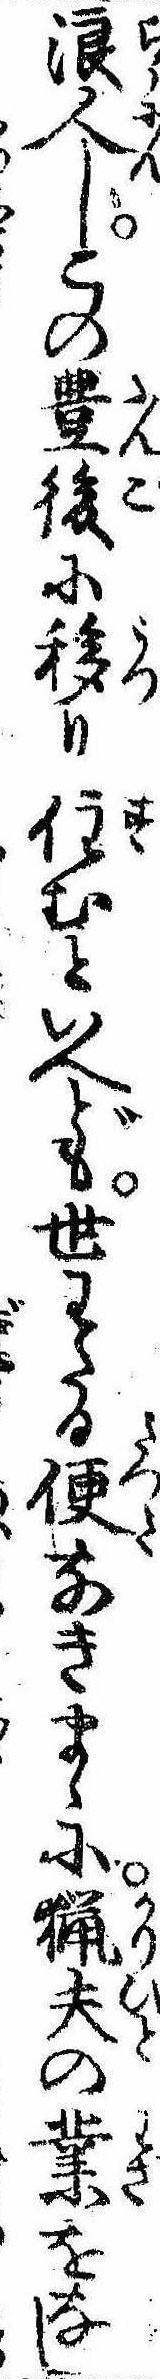
浪人しこの豊後に移り住むといへども世わたる便なきまゝに猟夫の業をなし